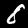
Label: 8